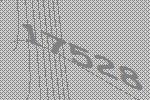
17528